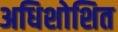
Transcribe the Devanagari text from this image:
अधिशोशित